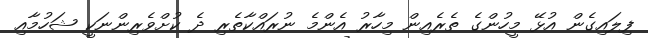
ފިލައިގެން އުޅޭ މީހުންގެ ތެރެއިން މިހާރު އެންމެ ނުރައްކާތެރި ދެ ކުށްވެރިންނަކީ ޝަހުމާއި